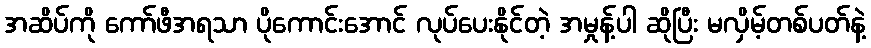
အဆိပ်ကို ကော်ဖီအရသာ ပိုကောင်းအောင် လုပ်ပေးနိုင်တဲ့ အမှုန့်ပါ ဆိုပြီး မလှိမ့်တစ်ပတ်နဲ့